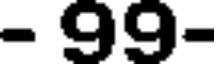
- 99-